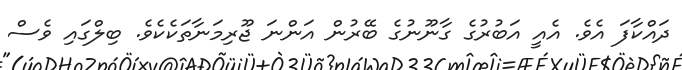
ދައްކާފަ އެވެ. އެއީ އަބުރުގެ ގާނޫނުގެ ބޭރުން އަންނަ ޖޫރިމަނާތަކެކެވެ. ބިލްގައި ވެސް